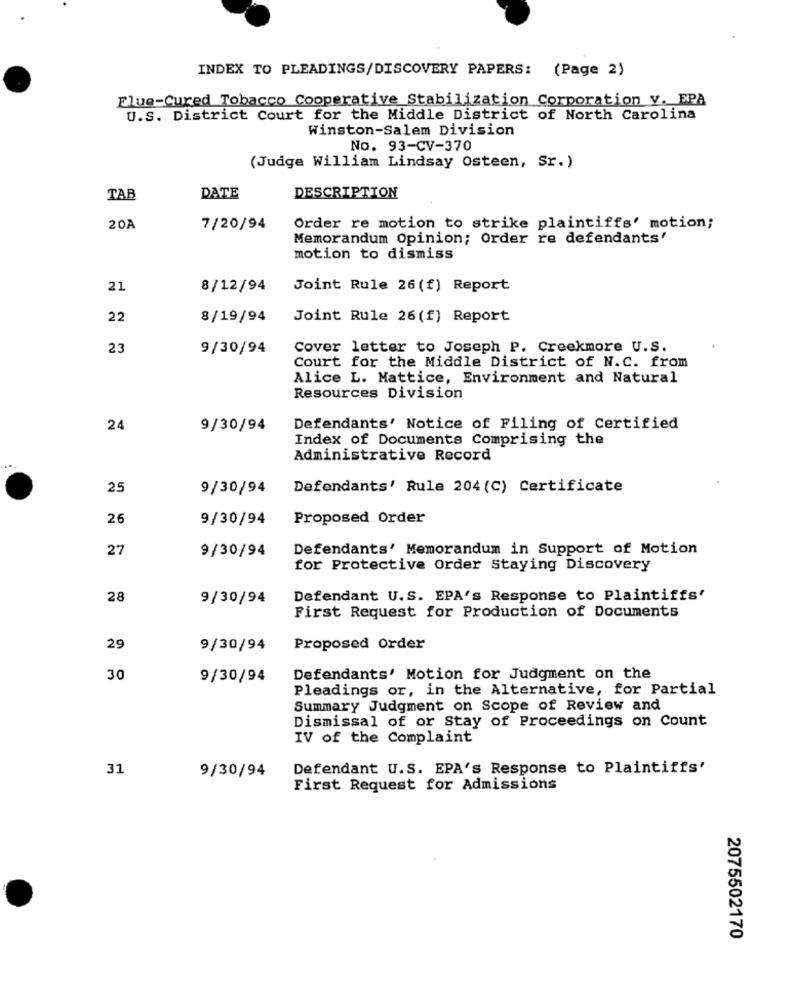
INDEX TO PLEADINGS/DISCOVERY PAPERS: (Page 2)
Flue-Cured Tobacco Cooperative_Stabilization Corporation v. EPA
U.S. District Court for the Middle District of North Carolina
Winston-Salem Division
No. 93-CV-370
(Judge William Lindsay Osteen, Sr.)
TAB
DATE
DESCRIPTION
20A
7/20/94
Order re motion to strike plaintiffs' motion;
Memorandum Opinion; Order re defendants'
motion to dismiss
21
8/12/94
Joint Rule 26 (f) Report
22
8/19/94
Joint Rule 26 (f) Report
23
9/30/94
Cover letter to Joseph P. Creekmore U.S.
Court for the Middle District of N.C. from
Alice L. Mattice, Environment and Natural
Resources Division
24
9/30/94
Defendants' Notice of Filing of Certified
Index of Documents Comprising the
Administrative Record
25
9/30/94
Defendants' Rule 204(C) Certificate
26
9/30/94
Proposed Order
27
9/30/94
Defendants' Memorandum in Support of Motion
for Protective Order Staying Discovery
28
9/30/94
Defendant U.S. EPA's Response to Plaintiffs'
First Request for Production of Documents
29
9/30/94
Proposed Order
30
9/30/94
Defendants' Motion for Judgment on the
Pleadings or, in the Alternative, for Partial
Summary Judgment on Scope of Review and
Dismissal of or Stay of Proceedings on Count
IV of the Complaint
31
Defendant U.S. EPA's Response to Plaintiffs'
9/30/94
First Request for Admissions
2075502170